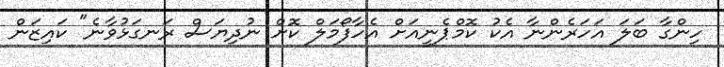
ހިންގާ ބަލަ އަހަރެންނާ އެކު ކޮމްޕެނީއަށް އެހާފޯމަލް ކޮށް ނުދިޔަސް ރަނގަޅުވާނެ" ކައިޒަން